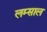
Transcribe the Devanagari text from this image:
लम्साल